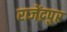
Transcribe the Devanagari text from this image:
राजेंद्रपुर